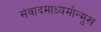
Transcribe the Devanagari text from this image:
संवादमाध्यमोन्मुख